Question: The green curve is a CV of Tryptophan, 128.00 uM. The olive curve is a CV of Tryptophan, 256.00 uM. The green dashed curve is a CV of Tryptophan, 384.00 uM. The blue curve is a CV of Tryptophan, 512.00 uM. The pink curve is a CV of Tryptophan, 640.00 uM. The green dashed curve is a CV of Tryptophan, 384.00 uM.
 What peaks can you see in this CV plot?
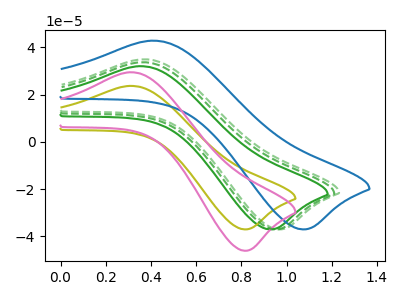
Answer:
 <answer>The green curve "Tryptophan, 128.00 uM" has an anodic peak at (0.35V, 32.00uA) and a cathodic peak at (0.90V, -37.05uA). The olive curve "Tryptophan, 256.00 uM" has an anodic peak at (0.30V, 23.65uA) and a cathodic peak at (0.80V, -37.05uA). The green dashed curve "Tryptophan, 384.00 uM" has an anodic peak at (0.35V, 34.90uA) and a cathodic peak at (0.95V, -37.05uA). The blue curve "Tryptophan, 512.00 uM" has an anodic peak at (0.40V, 42.75uA) and a cathodic peak at (1.05V, -37.05uA). The pink curve "Tryptophan, 640.00 uM" has an anodic peak at (0.30V, 29.40uA) and a cathodic peak at (0.80V, -46.10uA). The green dashed curve "Tryptophan, 384.00 uM" has an anodic peak at (0.35V, 33.65uA) and a cathodic peak at (0.95V, -37.05uA).</answer>
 <eval></eval>